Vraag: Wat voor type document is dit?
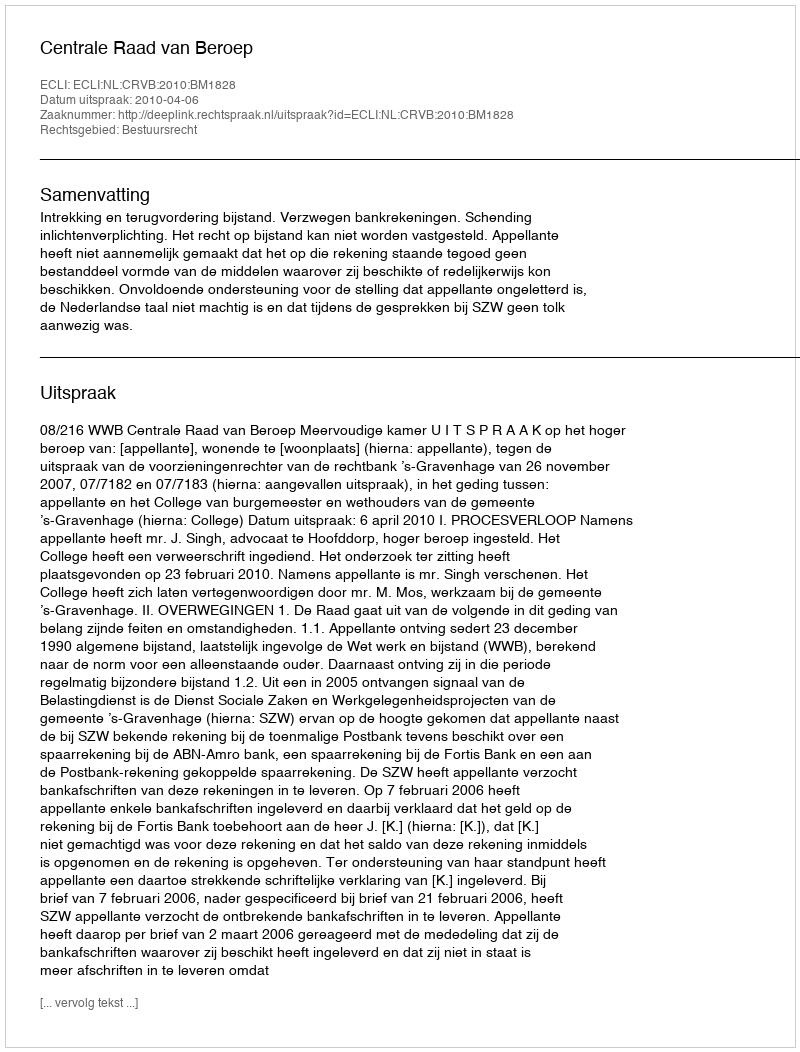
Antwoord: Uitspraak